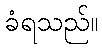
ခံရသည်။